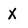
Character: X